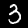
Digit: 3